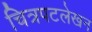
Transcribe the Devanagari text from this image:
चित्रपटलेखन